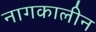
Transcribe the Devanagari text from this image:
नागकालीन